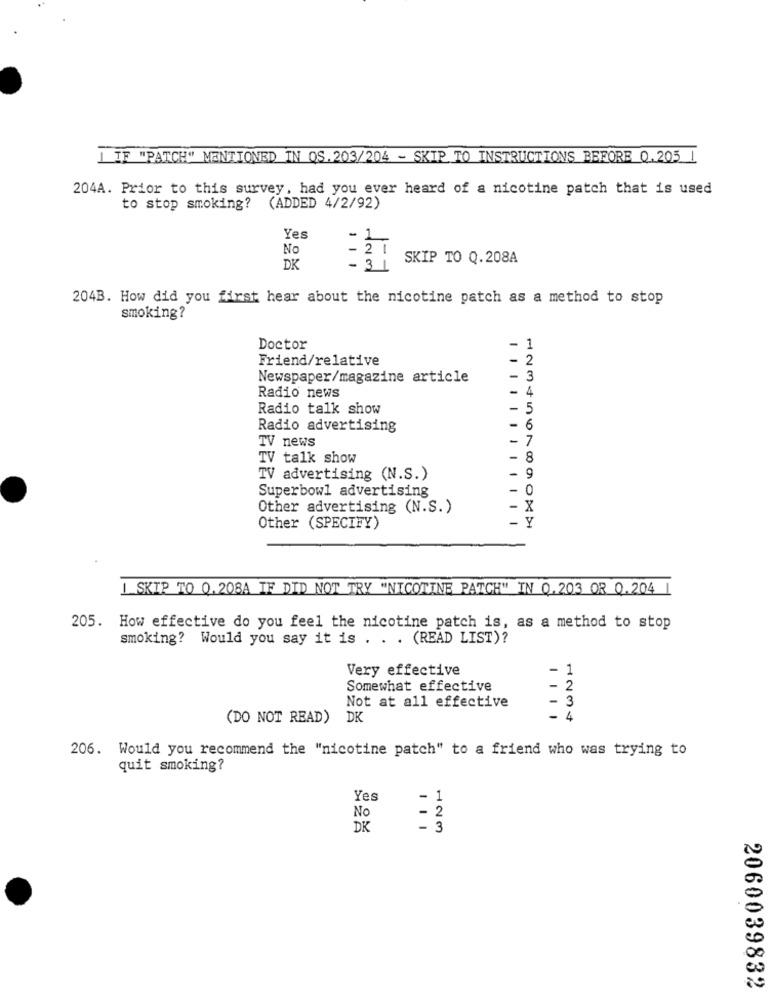
IF "PATCH" MENTIONED IN QS.203/204 - SKIP TO INSTRUCTIONS BEFORE 0.205 |
204A. Prior to this survey, had you ever heard of a nicotine patch that is used
to stop smoking? (ADDED 4/2/92)
Yes
No
- 27
SKIP TO Q.208A
DK
204B. How did you first hear about the nicotine patch as a method to stop
smoking?
Doctor
-
1
Friend/relative
- 2
Newspaper/magazine article
-
3
-
4
Radio news
Radio talk show
-
5
-
Radio advertising
6
-
7
TV news
TV talk show
8
TV advertising (N.S.)
9
Superbowl advertising
- 0
Other advertising (N.S.)
- X
-
Other (SPECIFY)
I SKIP TO Q.208A IF DID NOT TRY "NICOTINE PATCH" IN 0.203 OR Q.204
205.
How effective do you feel the nicotine patch is, as a method to stop
smoking? Would you say it is . . . (READ LIST)?
Very effective
- 1
Somewhat effective
- 2
-3
Not at all effective
(DO NOT READ) DK
- 4
206. Would you recommend the "nicotine patch" to a friend who was trying to
quit smoking?
Yes
- 1
- 2
No
DK
- 3
2060039832